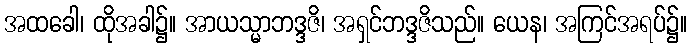
အထခေါ၊ ထိုအခါ၌။ အာယသ္မာဘဒ္ဒဇိ၊ အရှင်ဘဒ္ဒဇိသည်။ ယေန၊ အကြင်အရပ်၌။